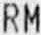
RM